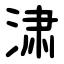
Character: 㴋